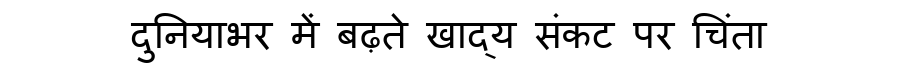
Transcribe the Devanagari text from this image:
दुनियाभर में बढ़ते खाद्य संकट पर चिंता